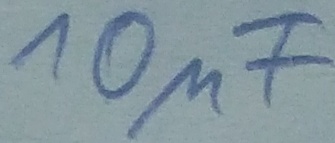
Text: 10µF